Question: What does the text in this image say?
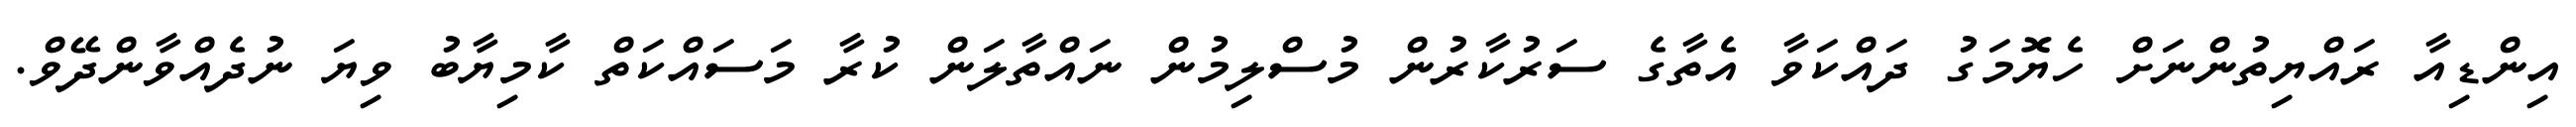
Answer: އިންޑިއާ ރައްޔިތުންނަށް ހެޔޮމަގު ދައްކަވާ އެތާގެ ސަރުކާރުން މުސްލިމުން ނައްތާލަން ކުރާ މަސައްކަތް ކާމިޔާބު ވިޔަ ނުދެއްވާންދޭވް.